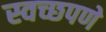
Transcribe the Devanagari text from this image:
स्वच्छपणे